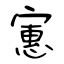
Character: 寭